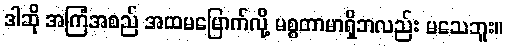
ဒါဆို အကြံအစည် အထမမြောက်လို့ မစ္စတာမာရှိဘလည်း မသေဘူး။